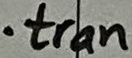
Text: .tran